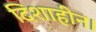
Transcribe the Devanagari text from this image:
दिशाहीन।